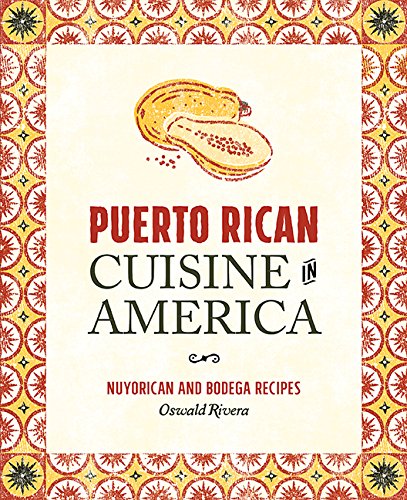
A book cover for Puerto Rican Cuisine in America: Nuyorican and Bodega Recipes; Oswald Rivera; Cookbooks, Food & Wine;